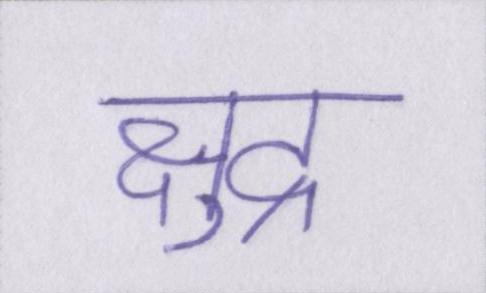
क्षुद्र